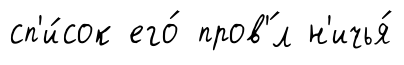
сп'и́сок его́ пров'́л н'ичья́